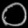
Digit: ၀